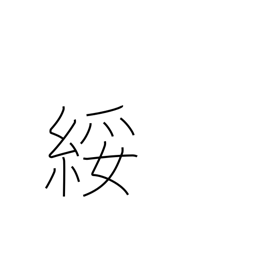
Meaning: cheap